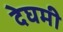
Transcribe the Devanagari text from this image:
देघमी